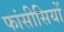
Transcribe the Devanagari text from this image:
फांसीसियों